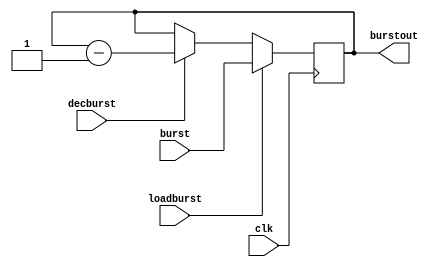
module burstcount(burstout,loadburst,decburst,burst,clk);
output[7:0] burstout;
input loadburst,decburst,clk;
input[7:0] burst;
reg[7:0] burstout;

always@ (negedge clk)
begin
if (loadburst)
burstout <= burst;
else if(decburst)
burstout <= burstout-1;
end
endmodule